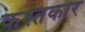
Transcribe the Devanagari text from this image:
कश्तकार